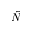
\tilde { N }